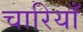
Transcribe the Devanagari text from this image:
चारियाँ